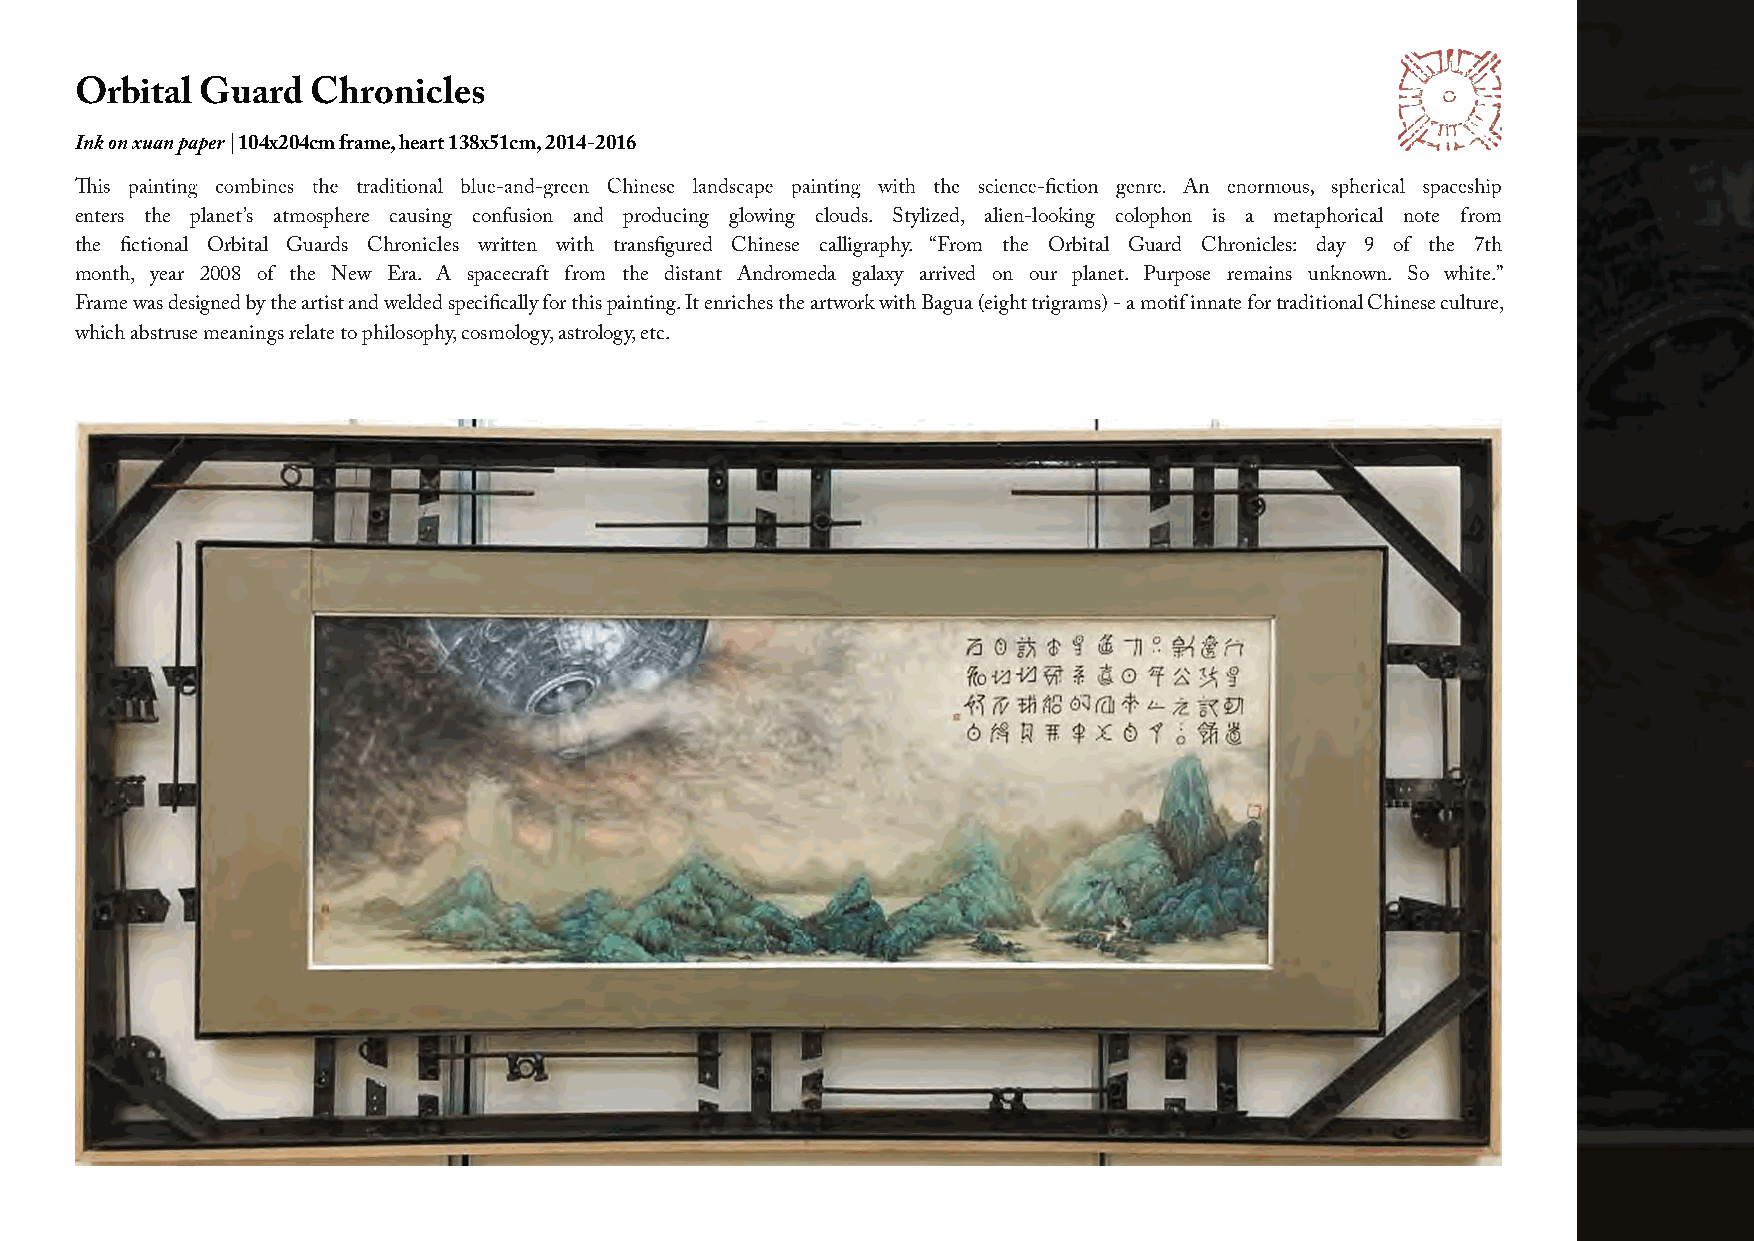
Orbital Guard   Chronicles
 Ink on xuan paper | 104x204cm frame, heart 138x51cm, 2014-2016
 enters the planet’s atmosphere causing confusion and producing glowing clouds. Stylized, alien-looking colophon is a metaphorical note from
 the fictional Orbital Guards Chronicles written with transfigured Chinese calligraphy. “From the Orbital Guard Chronicles: day 9 of the 7th
 month, year 2008 of the New Era. A spacecraft from the distant Andromeda galaxy arrived on our planet. Purpose remains unknown. So white.”
 Frame was designed by the artist and welded specifically for this painting. It enriches the artwork with Bagua (eight trigrams) - a motif innate for traditional Chinese culture,
 which abstruse meanings relate to philosophy, cosmology, astrology, etc.